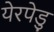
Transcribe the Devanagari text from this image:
येरपेडु